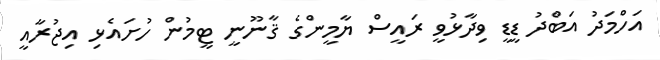
އަހްމަދު އަބްދު ޑީޑީ ވިދާޅުވީ ރައީސް ޔާމީންގެ ޤާނޫނީ ޓީމުން ހުށައެޅި އިޖުރާއީ